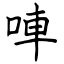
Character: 唓